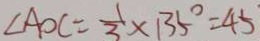
\angle A O C = \frac { 1 } { 3 } \times 1 3 5 ^ { \circ } = 4 5